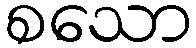
စသော